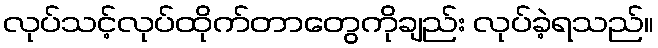
လုပ်သင့်လုပ်ထိုက်တာတွေကိုချည်း လုပ်ခဲ့ရသည်။